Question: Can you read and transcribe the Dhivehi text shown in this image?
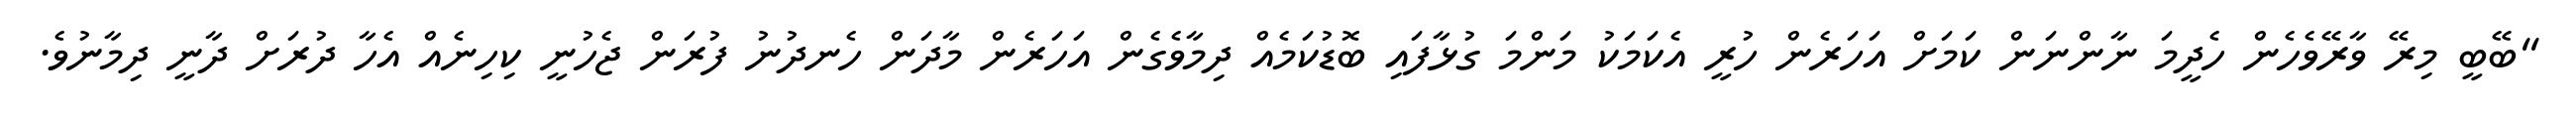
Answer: "ބޭބީ މިރޭ ވާރޭވެހެން ހެދީމަ ނާންނަން ކަމަށް އަހަރެން ހުރީ އެކަމަކު މަންމަ ގުޅާފައި ބޮޑުކަމެއް ދިމާވެގެން އަހަރެން މާދަން ހެނދުނު ފުރަން ޖެހުނީ ކިހިނެއް އެހާ ދުރަށް ދާނީ ދިމާނުވެ.